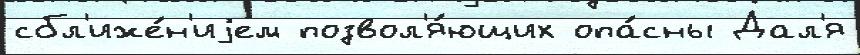
сбл'иже́н'иjем позвол'я́ющих опа́сны Дал'я